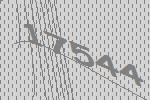
17544